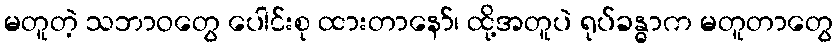
မတူတဲ့ သဘာဝတွေ ပေါင်းစု ထားတာနော်၊ ထို့အတူပဲ ရုပ်ခန္ဓာက မတူတာတွေ